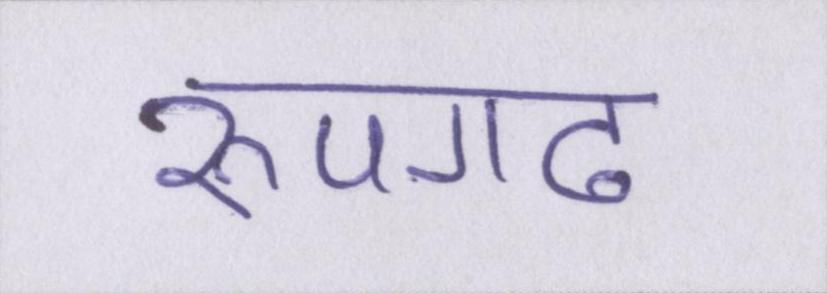
रूपगढ